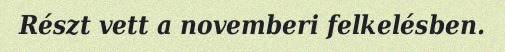
Részt vett a novemberi felkelésben.